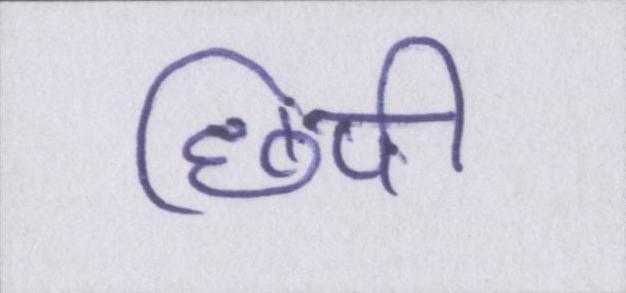
छिपी